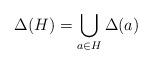
LaTeX: \begin{align*} \Delta(H) = \bigcup_{a \in H} \Delta(a) \end{align*}